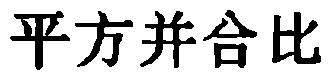
平方并合比